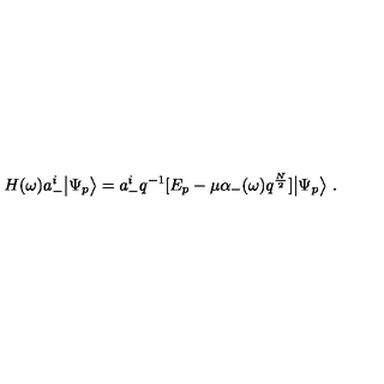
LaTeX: H ( \omega ) a _ { - } ^ { i } \big | \Psi _ { p } \big > = a _ { - } ^ { i } q ^ { - 1 } [ E _ { p } - \mu \alpha _ { - } ( \omega ) q ^ { \frac { N } { 2 } } ] \big | \Psi _ { p } \big > \ .